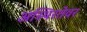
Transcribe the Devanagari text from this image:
अस्थिरतेवर